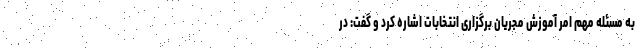
به مسئله مهم امر آموزش مجریان برگزاری انتخابات اشاره کرد و گفت: در